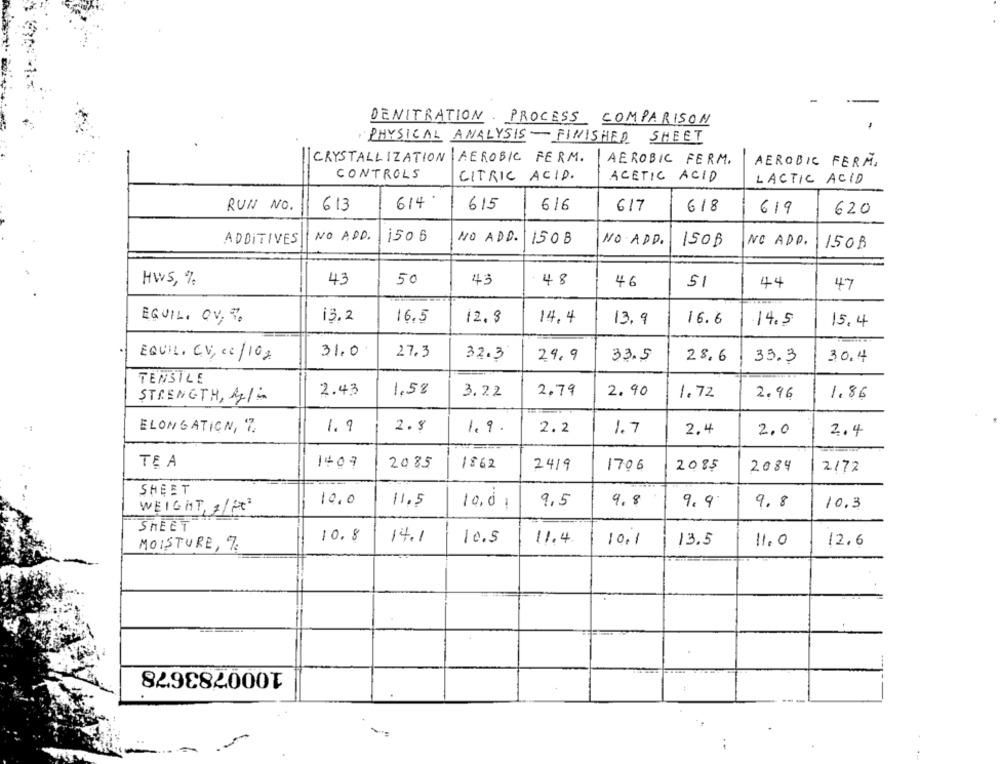
DENITRATION PROCESS COMPARISON
PHYSICAL ANALYSIS-FINISHED SHEET
CRYSTALLIZATION AEROBIC FERM.
AEROBIC FERM.
AEROBIC FERM.
CONTROLS
CITRIC ACID.
ACETIC ACID
LACTIC ACID
RUN NO.
613
614
615
616
617
618
619
620
NO ADD.
150 6
NO ADD.
ADDITIVES
150 8
NO ADD.
150B
NO ADP.
150B
HWS, %
43
50
43
48
46
51
44
47
EQUIL, OV, %
13.2
16.5
12. 8
14.4
13. 9
16.6
14.5
15.4
EQUIL. CV, cc/102
31.0
27.3
32.3
29.9
33.5
28.6
33.3
30.4
TENSILE
STRENGTH, kg/
2.43
1,5%
3.22
2.79
2.90
1.72
2.96
1.86
ELONGATION, 17.
1. 9
2.8
1.9
2.2
1.7
2.4
2.0
2.4
TEA
1407
2085
1862
2419
1706
2085
2084
2172
SHEET
10,0
11.5
9,5
9.8
9.9
10.3
WEIGHT, 7/Fx2
10.01
9.8
SHEET
10.8
14.1
10.5
11.4
10.1
13.5
11.0
12.6
MOISTURE, 7
1000783678